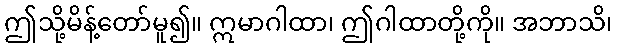
ဤသို့မိန့်တော်မူ၍။ ဣမာဂါထာ၊ ဤဂါထာတို့ကို။ အဘာသိ၊